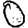
Digit: 0